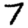
Digit: 7